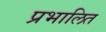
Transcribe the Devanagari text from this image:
प्रभालित